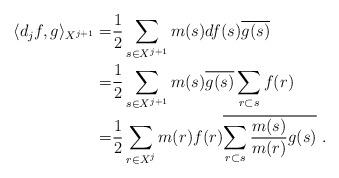
LaTeX: \begin{align*}\langle d_jf,g\rangle_{X^{j+1}}=&\frac12 \sum_{s\in X^{j+1}}m(s)df(s)\overline{g(s)} \\ =&\frac12 \sum_{s\in X^{j+1}}m(s)\overline{g(s)}\sum_{r\subset s}f(r) \\=&\frac12 \sum_{r\in X^{j}}m(r)f(r) \overline{\sum_{r\subset s}\frac{m(s)}{m(r)}g(s)}\ .\end{align*}